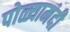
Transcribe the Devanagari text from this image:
पोळ्यामंदी